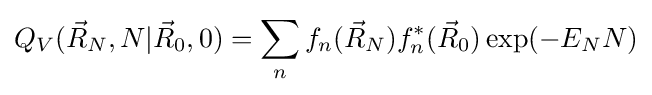
Q_{V}({\vec {R}}_{N},N|{\vec {R}}_{0},0)=\sum _{n}f_{n}({\vec {R}}_{N})f_{n}^{*}({\vec {R}}_{0})\exp(-E_{N}N)